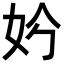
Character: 𡛐